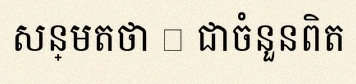
សន្មតថា x ជាចំនួនពិត